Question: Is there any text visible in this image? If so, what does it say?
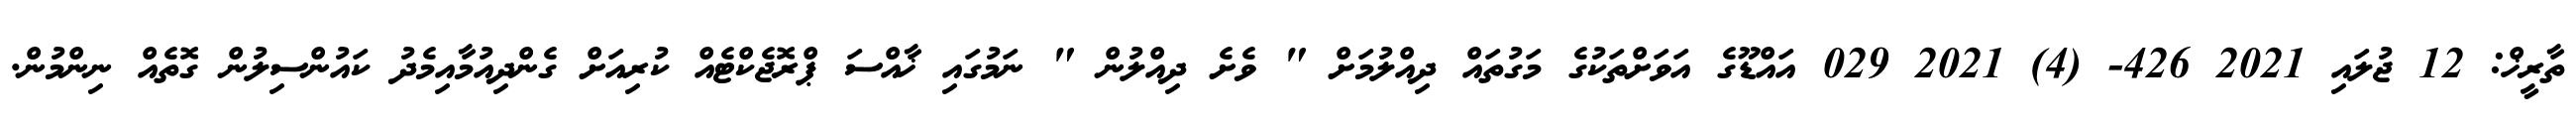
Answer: ތާރީޚް: 12 ޖުލައި 2021 426- (4) 2021 029 އައްޑޫގެ އަވަށްތަކުގެ މަގުތައް ދިއްލުމަށް " ވެށެ ދިއްލުން " ނަމުގައި ޚާއްސަ ޕްރޮޖެކްޓެއް ކުރިއަށް ގެންދިއުމާއިމެދު ކައުންސިލުން ގޮތެއް ނިންމުން.